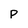
Character: p